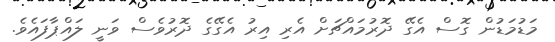
މަޑުމަޑުން ގޮސް އެގޭ ދޮރުމައްޗަށް އެރި އިރު އެގޭގެ ދޮރުވެސް ވަނީ ލައްޕާފައެވެ.